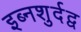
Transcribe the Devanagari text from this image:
इब्नशुर्दद्व